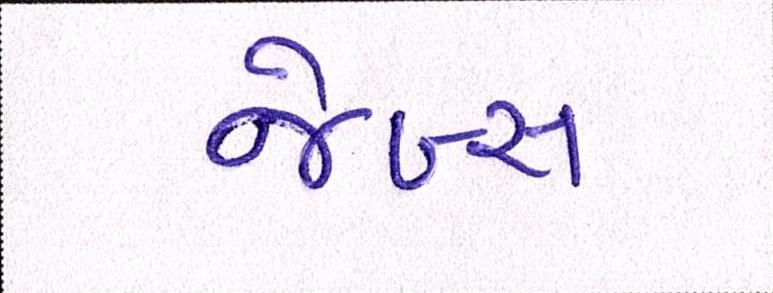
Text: જેબ્સ